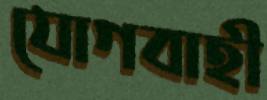
যোগবাহী